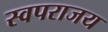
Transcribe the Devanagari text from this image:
स्वपराजय